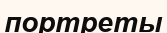
портреты